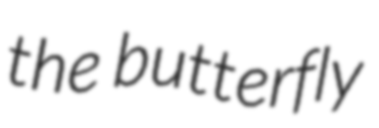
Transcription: the butterfly